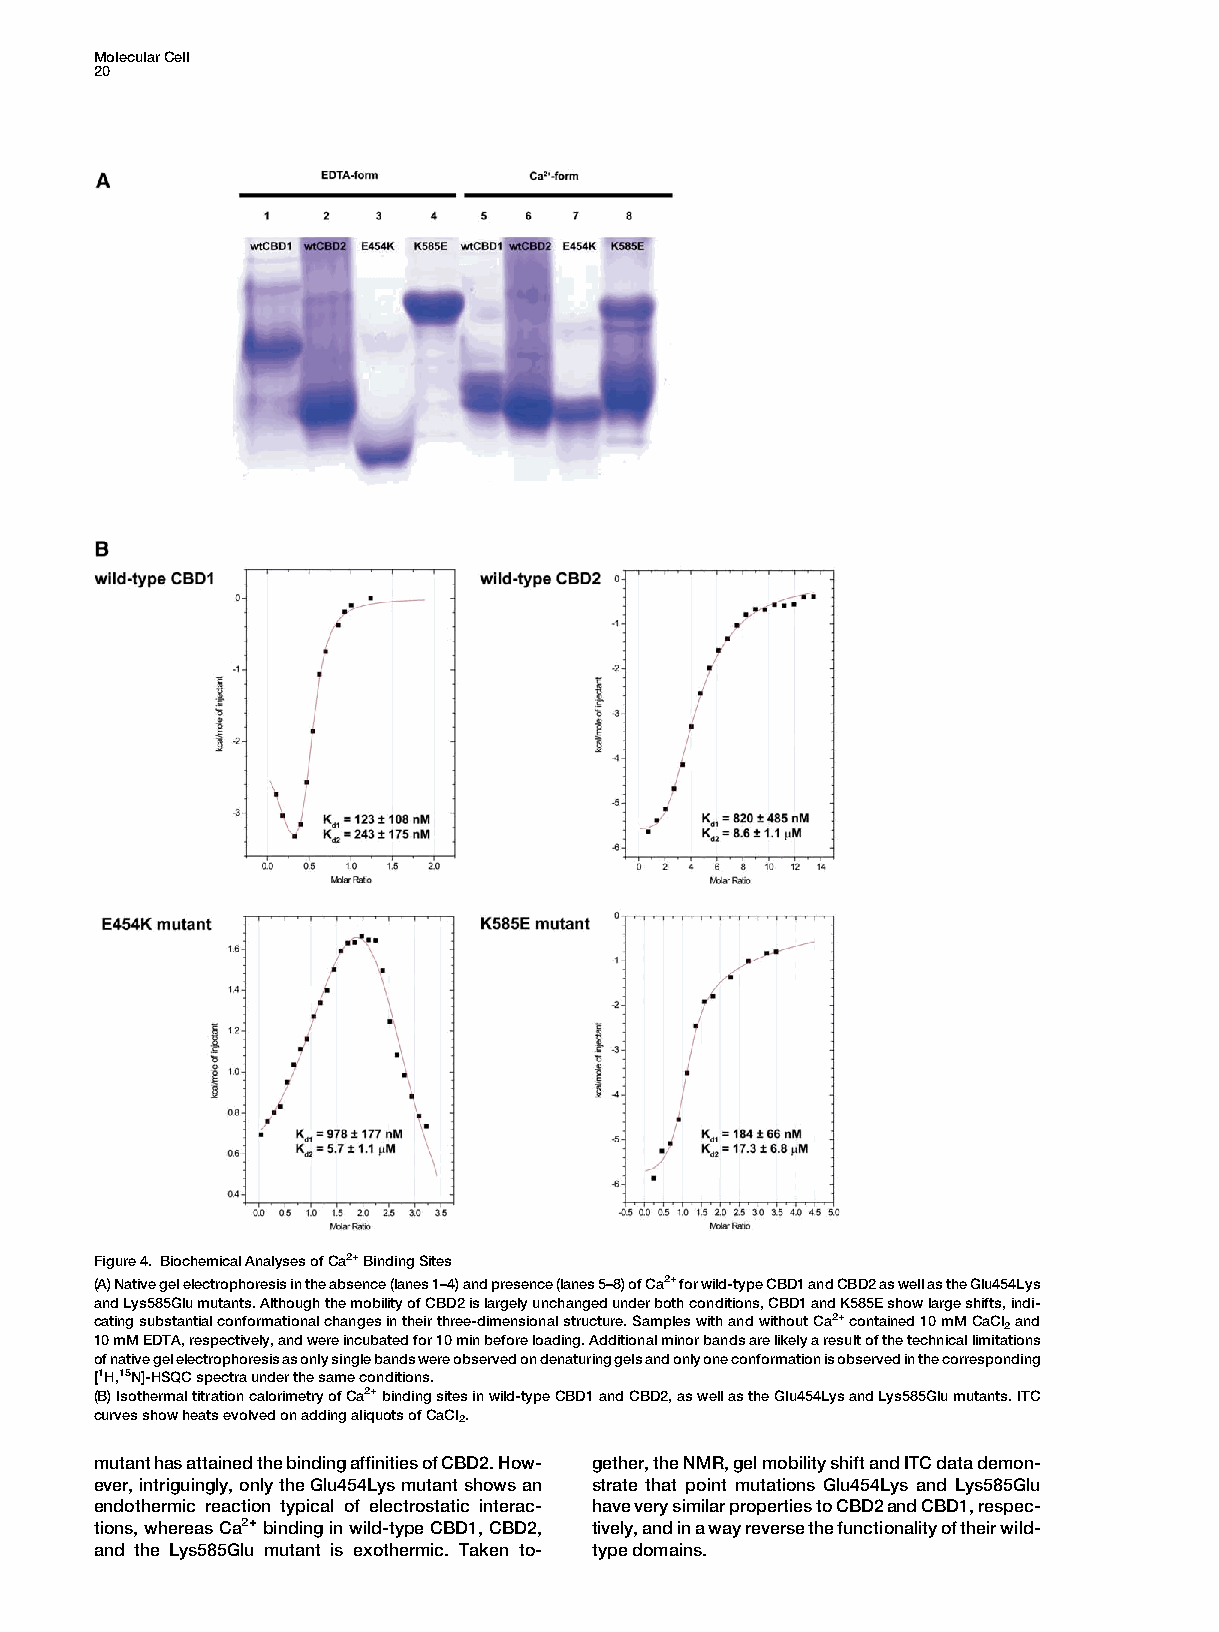
MolecularCell
 20
 Figure4. BiochemicalAnalysesofCa2+BindingSites
 (A)Nativegelelectrophoresisintheabsence(lanes1–4)andpresence(lanes5–8)ofCa2+forwild-typeCBD1andCBD2aswellastheGlu454Lys
 andLys585Glumutants.AlthoughthemobilityofCBD2islargelyunchangedunderbothconditions,CBD1andK585Eshowlargeshifts,indi-
 catingsubstantialconformationalchangesintheirthree-dimensionalstructure.SampleswithandwithoutCa2+contained10mMCaCl and
 2
 10mMEDTA,respectively,andwereincubatedfor10minbeforeloading.Additionalminorbandsarelikelyaresultofthetechnicallimitations
 ofnativegelelectrophoresisasonlysinglebandswereobservedondenaturinggelsandonlyoneconformationisobservedinthecorresponding
 [1H,15N]-HSQCspectraunderthesameconditions.
 (B)IsothermaltitrationcalorimetryofCa2+bindingsitesinwild-typeCBD1andCBD2,aswellastheGlu454LysandLys585Glumutants.ITC
 curvesshowheatsevolvedonaddingaliquotsofCaCl2.
 mutanthasattainedthebindingaffinitiesofCBD2.How- gether,theNMR,gelmobilityshiftandITCdatademon-
 ever,intriguingly,onlytheGlu454Lysmutantshowsan strate that point mutations Glu454Lys and Lys585Glu
 endothermic reaction typical of electrostatic interac- haveverysimilarpropertiestoCBD2andCBD1,respec-
 tions,whereasCa2+bindinginwild-typeCBD1,CBD2, tively,andinawayreversethefunctionalityoftheirwild-
 and the Lys585Glu mutant is exothermic. Taken to- typedomains.